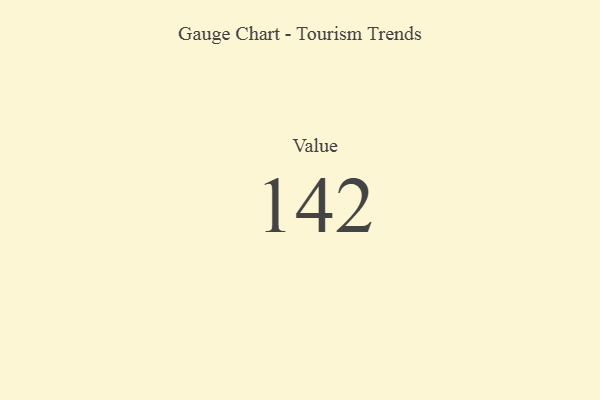
{"axis": {"x": "Metric", "y": "Value"}, "legend": [""], "data": [{"x": "Value", "y": 142, "type": ""}]}